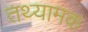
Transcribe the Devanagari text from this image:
तथ्यामक